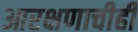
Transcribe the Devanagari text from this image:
आरक्षणाचीही